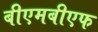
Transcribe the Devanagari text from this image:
बीएमबीएफ